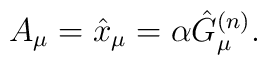
A_{\mu}=\hat{x}_{\mu}=\alpha\hat{G}_{\mu}^{(n)}.